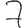
Digit: 7